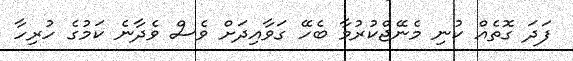
ފަދަ ގޮތެއް ކުނި މެނޭޖްކުރުމާ ބެހޭ ގަވާއިދަށް ވެސް ވެދާނެ ކަމުގެ ހުރިހާ